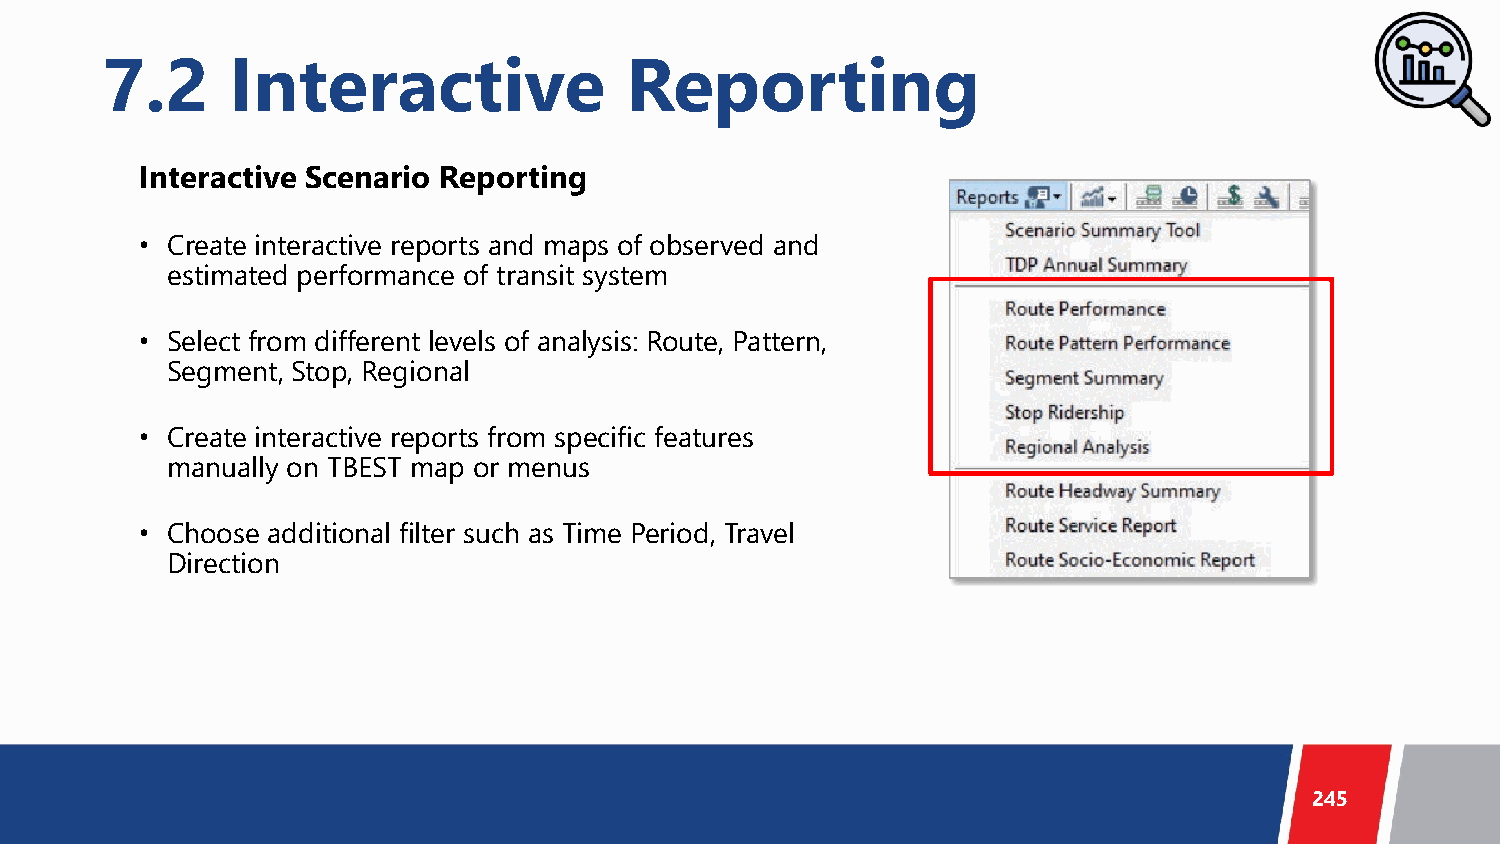
7.2     Interactive               Reporting
 Interactive Scenario Reporting
 • Create interactive reports and maps of observed and
 estimated performance of transit system
 • Select from different levels of analysis: Route, Pattern,
 Segment, Stop, Regional
 • Create interactive reports from specific features
 manually on TBEST map or menus
 • Choose additional filter such as Time Period, Travel
 Direction
 245